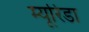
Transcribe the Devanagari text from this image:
म्यूरिडा